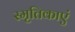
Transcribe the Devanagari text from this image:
स्मृतिकाएं